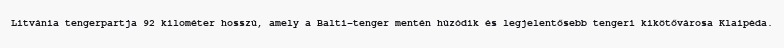
Litvánia tengerpartja 92 kilométer hosszú, amely a Balti-tenger mentén húzódik és legjelentősebb tengeri kikötővárosa Klaipėda.